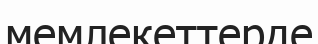
мемлекеттерде